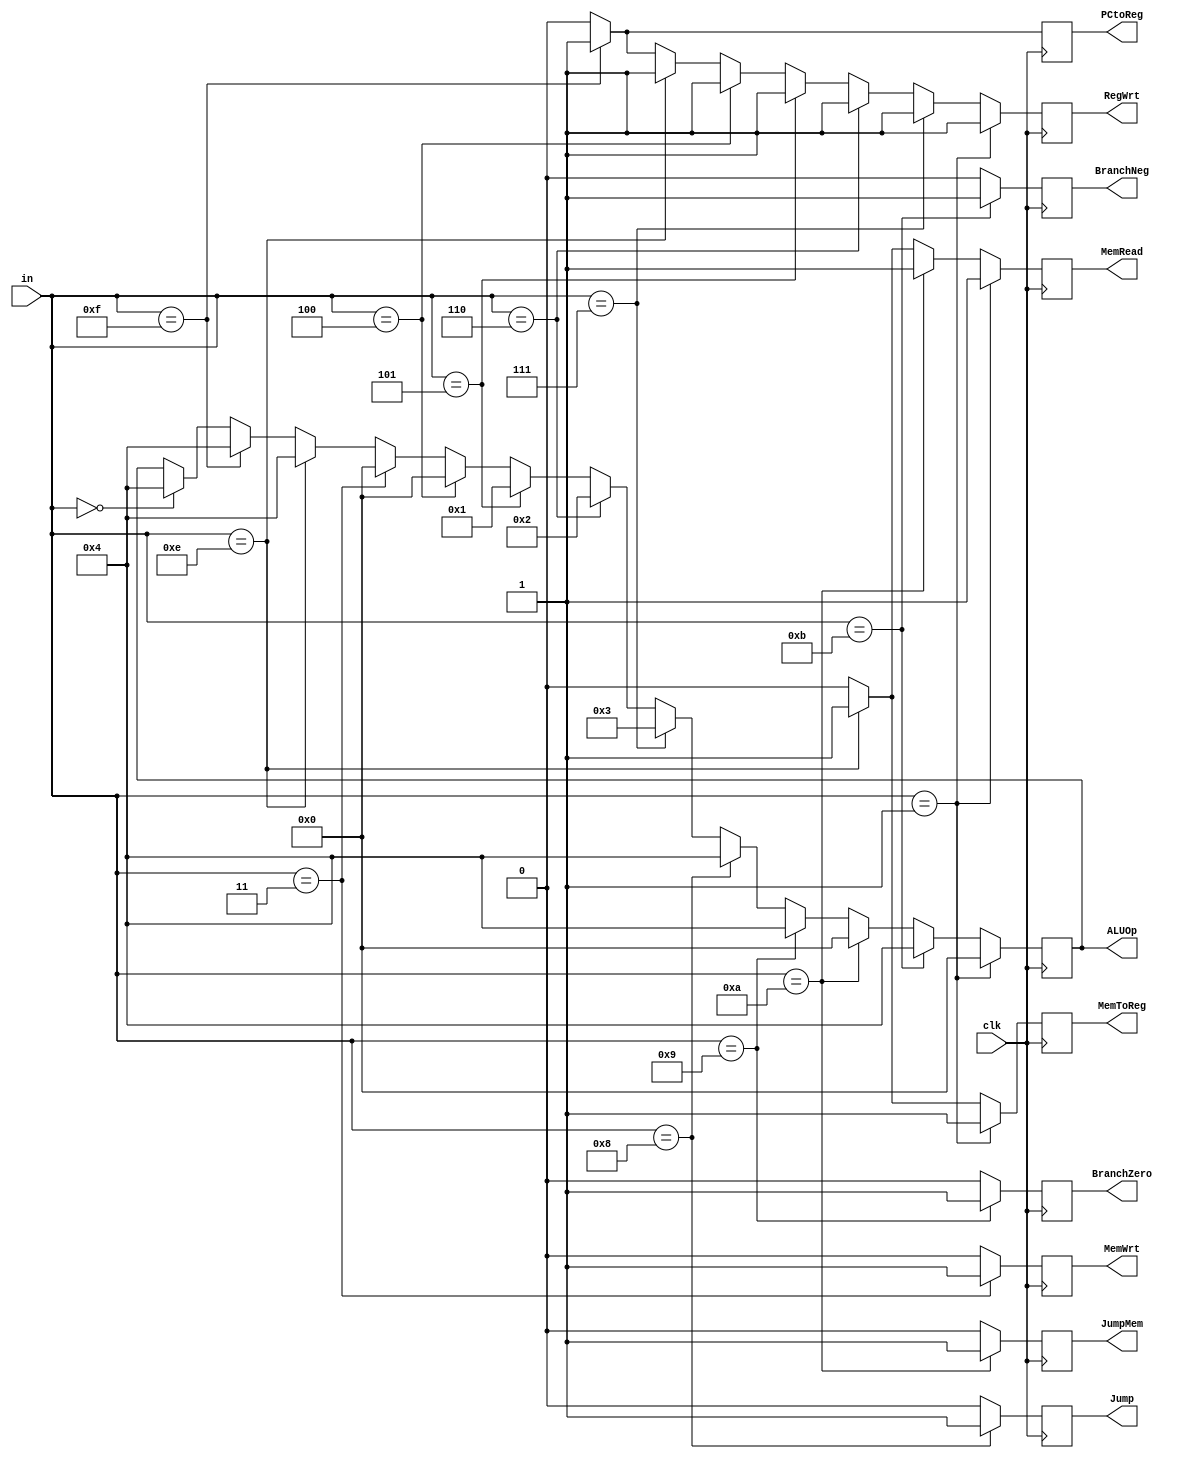
`timescale 1ns / 1ps
//////////////////////////////////////////////////////////////////////////////////
// Company: 
// Engineer: 
// 
// Design Name: 
// Module Name: ControlUnit
// Project Name: 
// Target Devices: 
// Tool Versions: 
// Description: 
// 
// Dependencies: 
// 
// Revision:
// Revision 0.01 - File Created
// Additional Comments:
// 
//////////////////////////////////////////////////////////////////////////////////
/*
CONTROL TRUTH TABLE

d1  d2  d3  d4  |   RegWrt  MemToReg    PCtoReg MemRead MemWrt  BranchNeg   BranchZero  Jump    JumpMem
0   0   0   0   |       0       0           0       0       0       0           0        0          0
0   0   0   1   |       1       1           0       1       0       0           0
0   0   1   0   |
0   0   1   1   |       0       0           0       0       1       0           0        0          0
0   1   0   0   |       1       0           0       0       0       0           0        0          0
0   1   0   1   |       1       0           0       0       0       0           0        0          0
0   1   1   0   |       1       0           0       0       0       0           0        0          0
0   1   1   1   |       1       0           0       0       0       0           0        0          0
1   0   0   0   |       0       0           0       0       0       0           0        1          0
1   0   0   1   |       0       0           0       0       0       0           1        0          0
1   0   1   0   |       0       0           0       1       0       0           0        0          1
1   0   1   1   |       0       0           0       0       0       1           0        0          0
1   1   0   0   |       
1   1   0   1   |   
1   1   1   0   |       1       1           0       1       0       0           0        0          0
1   1   1   1   |       1       0           1       0       0       0           0        0          0    
*/





module ControlUnit(clk, in, RegWrt, MemToReg, PCtoReg, ALUOp, MemRead, MemWrt, BranchNeg, BranchZero, Jump, JumpMem);
    input [3:0] in;
    
    input clk;
    
    output reg RegWrt, MemToReg, PCtoReg, MemRead, MemWrt, BranchNeg, BranchZero, Jump, JumpMem;

    output reg [3:0] ALUOp;
    
    always@ (negedge clk) begin
        
        //set all puts to 0;
        RegWrt = 0;
        MemToReg = 0;
        PCtoReg = 0;
        MemRead = 0; 
        MemWrt = 0;
        BranchNeg = 0;
        BranchZero = 0;
        Jump = 0;
        JumpMem = 0;
        
        if (in == 4'b0000) begin //No Operation
            //set no flags...
            //no ALU op...
            ALUOp = 4'b0100;
        end
        
        if (in == 4'b1111) begin //Load PC
            PCtoReg = 1; //Activate Program Counter to Register Flag
            RegWrt = 1;
            ALUOp = 4'b0100; //Sets ALU to PASS
        end
        
        if (in == 4'b1110) begin //Load
            RegWrt = 1; //Activate Register Write Flag
            MemRead = 1; //Activate Read from Memory flag
            MemToReg = 1; //Activate Memory to Register flag, manipulates mux 1
            ALUOp = 4'b0100; //Sets ALU to PASS memreg
        end
        
        if (in == 4'b0011) begin //Store
            MemWrt = 1; //Activate Write to Memory Flag
            ALUOp = 4'b0000; //Sets ALU to ADD
        end
        
        if (in == 4'b0100) begin //Add
            RegWrt = 1;
            ALUOp = 4'b0000; //Sets ALU to ADD
        end
        
        if (in == 4'b0101) begin //Increment
            RegWrt = 1;
            ALUOp = 4'b0001; //Sets ALU to increment
        end
        
        if (in == 4'b0110) begin //Negate
            RegWrt = 1;
            ALUOp = 4'b0010; //set ALU to NEGATE
        end
        
        if (in == 4'b0111) begin //Subtract
            RegWrt = 1;
            ALUOp = 4'b0011; //Set ALU to Subtract
        end
        
        if (in == 4'b1000) begin // Jump
            Jump = 1;
            ALUOp = 4'b0100; //pass reg value for jump
        end
        
        if (in == 4'b1001) begin //Branch if zero
            BranchZero = 1;
            ALUOp = 4'b0100; //Z flag raised if 0, Fed into AND GATE
        end
        
        if (in == 4'b1010) begin // Jump memory
            JumpMem = 1;
            MemRead = 1; //will need to read mem data from reg value
            ALUOp = 4'b0000; //pass reg to be read from mem
        end
        
        //!!!!!!!!!!!!!!!!!!!!!!!!
        if (in == 4'b1011) begin //Branch if Negative
            BranchNeg = 1;
            ALUOp = 4'b0100; //Passes value, ALU outputs N flag which gets fed into AND GATE
            
        end
        //!!!!!!!!!!!!!!!!!!!!!!!!!!!
        
        if (in == 4'b0001) begin //SUM instruction
            //Need to write to a reg, read from memory, move from memory to reg, Jump? JumpMem?
            RegWrt = 1;
            MemRead = 1;
            MemToReg = 1;
            ALUOp = 4'b0000;
            
        end
    end
endmodule